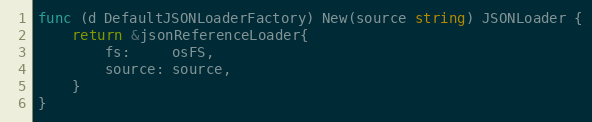
Language: Go
func (d DefaultJSONLoaderFactory) New(source string) JSONLoader {
	return &jsonReferenceLoader{
		fs:     osFS,
		source: source,
	}
}